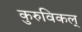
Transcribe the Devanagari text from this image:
कुरुविकल्